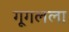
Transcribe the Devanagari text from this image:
गूगलला